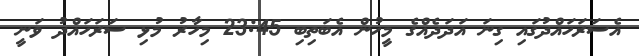
އެސަރަހައްދުގައި ގިނަ އަދަދެއްގެ މީހުން އެބަތިބި 23:45 މިހާރު މުޅި ސަރަހައްދު ވަނީ